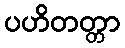
ပဟိတတ္တာ